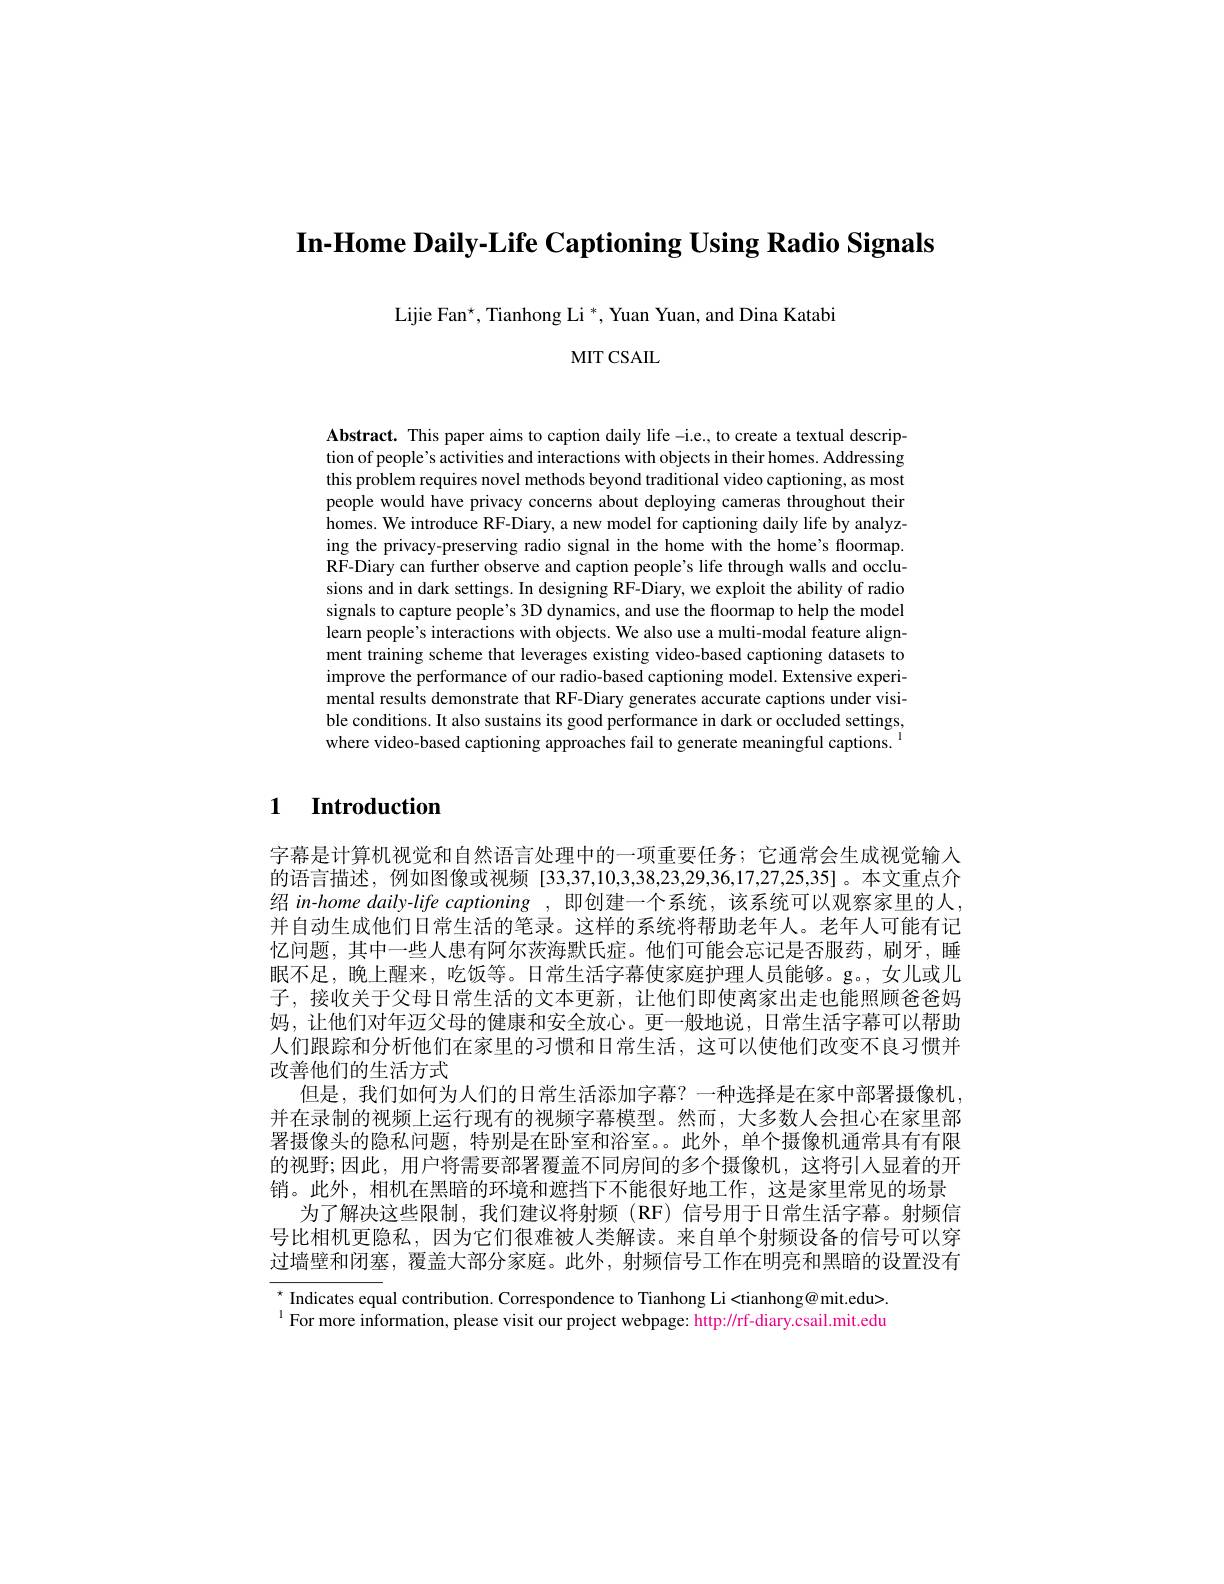
In-Home Daily-Life Captioning Using Radio Signals

Lijie Fan$^\star,\text{Tianhong Li}^*$,Yuan Yuan, and Dina Katabi

MIT CSAIL

Abstract. This paper aims to caption daily life -i.e., to create a textual description of people's activities and interactions with objects in their homes. Addressing this problem requires novel methods beyond traditional video captioning, as most people would have privacy concerns about deploying cameras throughout their homes. We introduce RF-Diary, a new model for captioning daily life by analyzing the privacy-preserving radio signal in the home with the home's floormap. RF-Diary can further observe and caption people's life through walls and occlusions and in dark settings. In designing RF-Diary, we exploit the ability of radio signals to capture people's 3D dynamics, and use the floormap to help the model learn people's interactions with objects. We also use a multi-modal feature alignment training scheme that leverages existing video-based captioning datasets to improve the performance of our radio-based captioning model. Extensive experimental results demonstrate that RF-Diary generates accurate captions under visible conditions. It also sustains its good performance in dark or occluded settings, where video-based captioning approaches fail to generate meaningful captions.

# 1 Introduction

字幕是计算机视觉和自然语言处理中的一项重要任务；它通常会生成视觉输入的语言描述，例如图像或视频[33,37,10,3,38,23,29,36,17,27,25,35]。本文重点介绍 in-home daily-life captioning ,即创建一个系统，该系统可以观察家里的人， 并自动生成他们日常生活的笔录。这样的系统将帮助老年人。老年人可能有记忆问题，其中一些人患有阿尔茨海默氏症。他们可能会忘记是否服药，刷牙，睡眠不足，晚上醒来，吃饭等。日常生活字幕使家庭护理人员能够。g。,女儿或儿子，接收关于父母日常生活的文本更新，让他们即使离家出走也能照顾爸爸妈妈，让他们对年迈父母的健康和安全放心。更一般地说，日常生活字幕可以帮助人们跟踪和分析他们在家里的习惯和日常生活，这可以使他们改变不良习惯并改善他们的生活方式
但是，我们如何为人们的日常生活添加字幕？一种选择是在家中部署摄像机， 并在录制的视频上运行现有的视频字幕模型。然而，大多数人会担心在家里部署摄像头的隐私问题，特别是在卧室和浴室。。此外，单个摄像机通常具有有限的视野；因此，用户将需要部署覆盖不同房间的多个摄像机，这将引人显着的开销。此外，相机在黑暗的环境和遮挡下不能很好地工作，这是家里常见的场景
为了解决这些限制，我们建议将射频(RF)信号用于日常生活字幕。射频信号比相机更隐私，因为它们很难被人类解读。来自单个射频设备的信号可以穿过墙壁和闭塞，覆盖大部分家庭。此外，射频信号工作在明亮和黑暗的设置没有

$^{\star}$ Indicates equal contribution. Correspondence to Tianhong Li<tianhong@ mit.edu> $^{1}$For more information, please visit our project webpage: http://rf-diary.csail.mit.edu